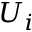
U _ { i }